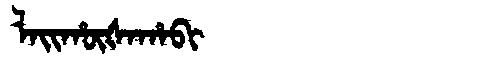
Manchu: ᠯᠠᡳᡥᡡᡧᠠᡥᠠᠪᡳ
Romanization: LAIHŪŠAHABI